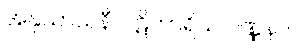
အနုသာသနီ ပါဋိဟာရိယ ဝဏ္ဏနာ။